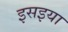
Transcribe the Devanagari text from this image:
इसइया